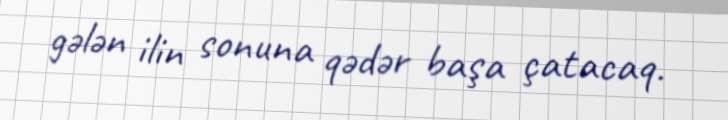
gələn ilin sonuna qədər başa çatacaq.